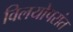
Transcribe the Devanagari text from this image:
विलयोपरांत